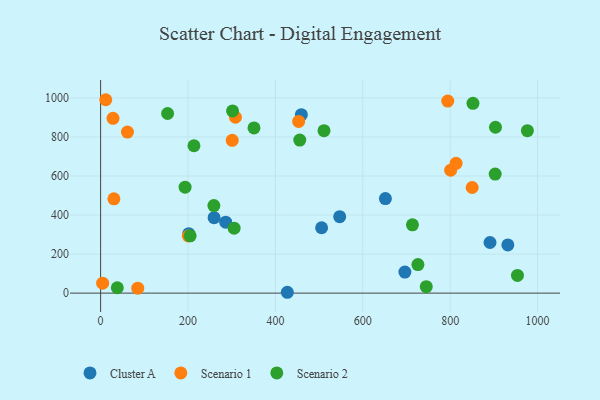
{"axis": {"x": "Speed", "y": "Rating"}, "legend": ["Cluster A", "Scenario 1", "Scenario 2"], "data": [{"x": "931.9", "y": 246.8, "type": "Cluster A"}, {"x": "459.4", "y": 914.1, "type": "Cluster A"}, {"x": "505.7", "y": 334.9, "type": "Cluster A"}, {"x": "651.7", "y": 484.2, "type": "Cluster A"}, {"x": "427.3", "y": 4.3, "type": "Cluster A"}, {"x": "696.3", "y": 107.6, "type": "Cluster A"}, {"x": "891.1", "y": 259.2, "type": "Cluster A"}, {"x": "259.7", "y": 386.3, "type": "Cluster A"}, {"x": "286.2", "y": 363.2, "type": "Cluster A"}, {"x": "547.1", "y": 391.5, "type": "Cluster A"}, {"x": "201.7", "y": 304.6, "type": "Cluster A"}, {"x": "4.6", "y": 50.9, "type": "Scenario 1"}, {"x": "801.1", "y": 630.0, "type": "Scenario 1"}, {"x": "11.8", "y": 990.8, "type": "Scenario 1"}, {"x": "794.4", "y": 983.8, "type": "Scenario 1"}, {"x": "453.2", "y": 879.4, "type": "Scenario 1"}, {"x": "61.4", "y": 825.1, "type": "Scenario 1"}, {"x": "301.2", "y": 782.7, "type": "Scenario 1"}, {"x": "85.0", "y": 25.3, "type": "Scenario 1"}, {"x": "30.4", "y": 483.3, "type": "Scenario 1"}, {"x": "813.5", "y": 665.1, "type": "Scenario 1"}, {"x": "200.7", "y": 292.5, "type": "Scenario 1"}, {"x": "850.3", "y": 541.1, "type": "Scenario 1"}, {"x": "308.6", "y": 901.1, "type": "Scenario 1"}, {"x": "28.4", "y": 895.7, "type": "Scenario 1"}, {"x": "204.9", "y": 293.6, "type": "Scenario 2"}, {"x": "301.9", "y": 933.3, "type": "Scenario 2"}, {"x": "305.5", "y": 332.9, "type": "Scenario 2"}, {"x": "852.1", "y": 972.5, "type": "Scenario 2"}, {"x": "193.3", "y": 543.0, "type": "Scenario 2"}, {"x": "259.2", "y": 448.6, "type": "Scenario 2"}, {"x": "903.6", "y": 849.9, "type": "Scenario 2"}, {"x": "902.9", "y": 609.8, "type": "Scenario 2"}, {"x": "953.9", "y": 90.4, "type": "Scenario 2"}, {"x": "713.6", "y": 350.1, "type": "Scenario 2"}, {"x": "38.2", "y": 27.4, "type": "Scenario 2"}, {"x": "351.0", "y": 846.1, "type": "Scenario 2"}, {"x": "213.6", "y": 754.9, "type": "Scenario 2"}, {"x": "511.2", "y": 832.0, "type": "Scenario 2"}, {"x": "976.6", "y": 832.2, "type": "Scenario 2"}, {"x": "745.2", "y": 32.8, "type": "Scenario 2"}, {"x": "726.1", "y": 146.1, "type": "Scenario 2"}, {"x": "455.7", "y": 783.9, "type": "Scenario 2"}, {"x": "153.3", "y": 920.3, "type": "Scenario 2"}]}